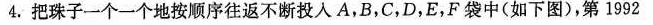
4.把珠子一个一个地按顺序往返不断投入A，B，C，D，E，F袋中(如下图)，第1992